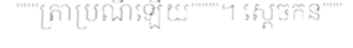
"""ត្រាប្រណីឡើយ""""។ ស្តេចកន"""